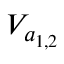
V _ { a _ { 1 , 2 } }